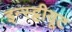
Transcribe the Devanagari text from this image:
इन्स्ट्टीयूट